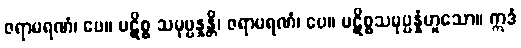
ဇရာမရဏံ၊ ပေ။ ပဋိစ္စ သမုပ္ပန္နန္တိ၊ ဇရာမရဏံ၊ ပေ။ ပဋိစ္စသမုပ္ပန္နံဟူသော။ ဣဒံ